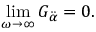
\operatorname* { l i m } _ { \omega \to \infty } G _ { \ddot { \alpha } } = 0 .